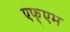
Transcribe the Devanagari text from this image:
एफ्एम